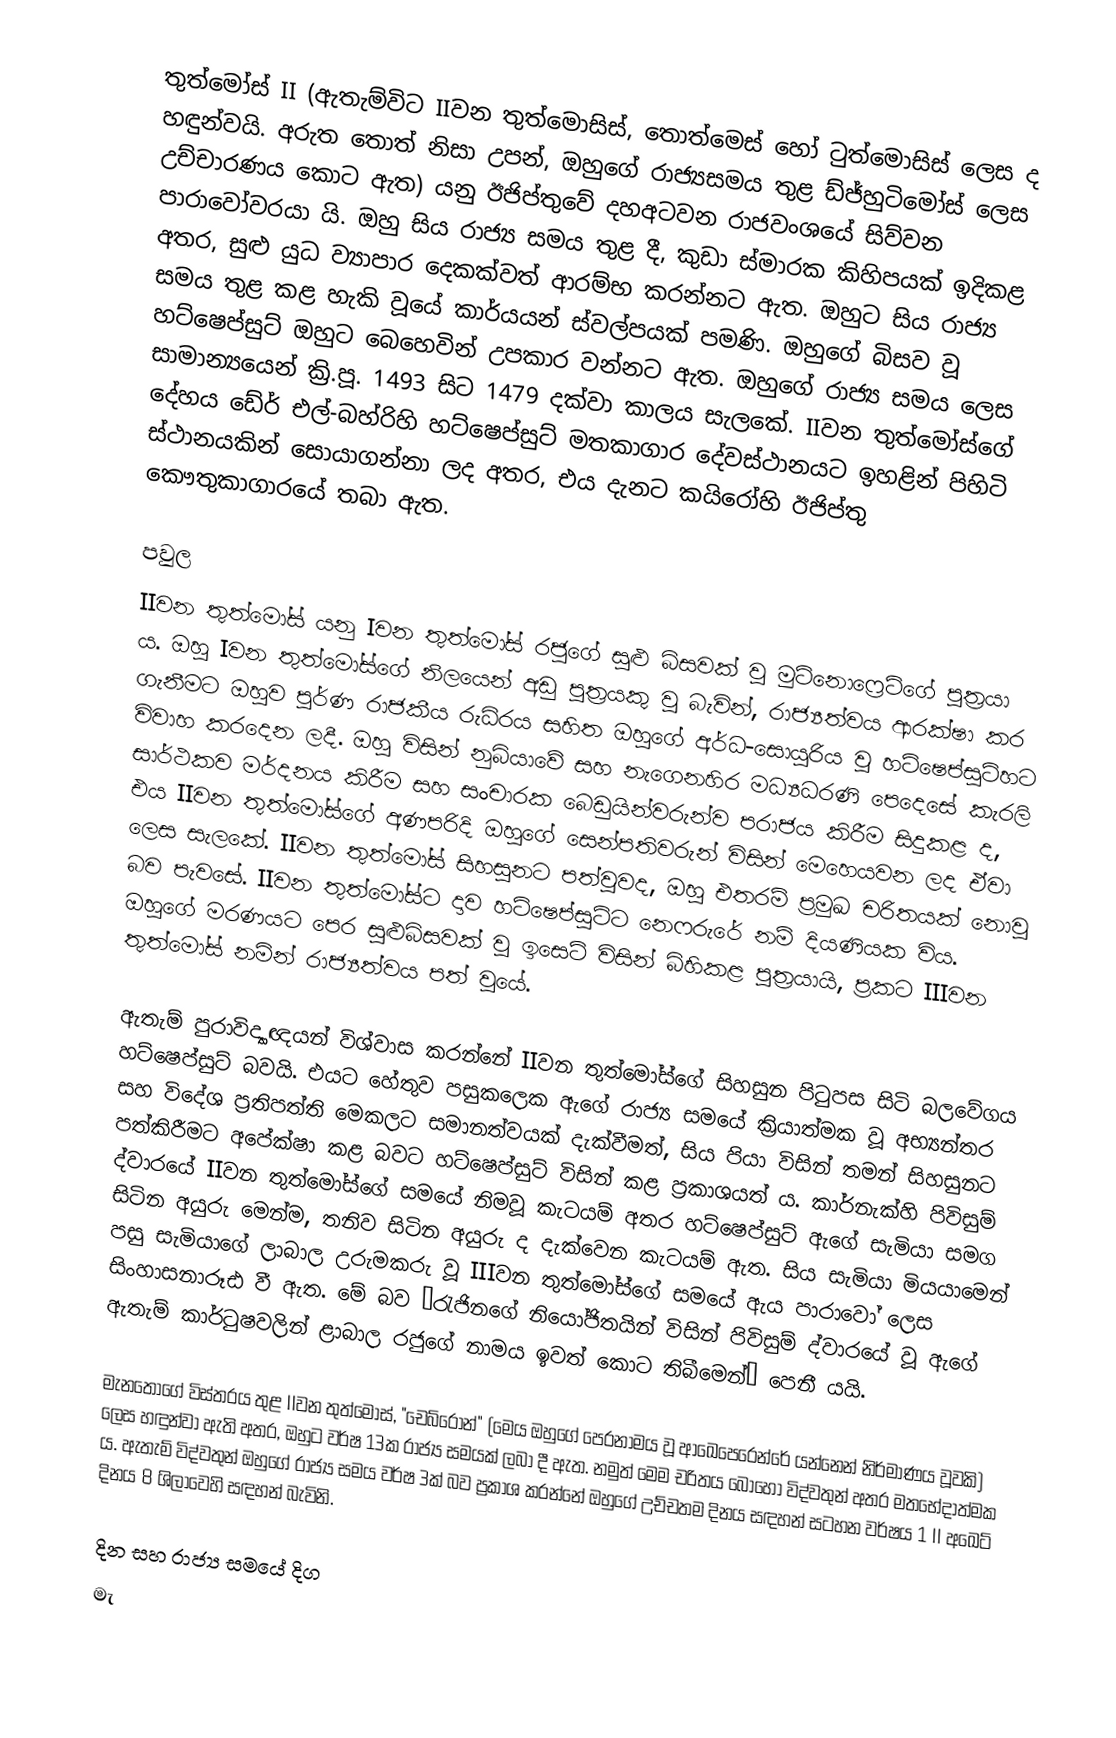
තුත්මෝස් II (ඇතැම්විට IIවන තුත්මොසිස්, තොත්මෙස් හෝ ටුත්මොසිස් ලෙස ද හඳුන්වයි. අරුත තොත් නිසා උපන්, ඔහුගේ රාජ්‍යසමය තුළ ඩ්ජ්හුටිමෝස් ලෙස උච්චාරණය කොට ඇත) යනු ඊජිප්තුවේ දහඅටවන රාජවංශයේ සිව්වන පාරාවෝවරයා යි. ඔහු සිය රාජ්‍ය සමය තුළ දී, කුඩා ස්මාරක කිහිපයක් ඉදිකළ අතර, සුළු යුධ ව්‍යාපාර දෙකක්වත් ආරම්භ කරන්නට ඇත. ඔහුට සිය රාජ්‍ය සමය තුළ කළ හැකි වූයේ කාර්යයන් ස්වල්පයක් පමණි. ඔහුගේ බිසව වූ හට්ෂෙප්සුට් ඔහුට බෙහෙවින් උපකාර වන්නට ඇත. ඔහුගේ රාජ්‍ය සමය ලෙස සාමාන්‍යයෙන් ක්‍රි.පූ. 1493 සිට 1479 දක්වා කාලය සැලකේ. IIවන තුත්මෝස්ගේ දේහය ඩේර් එල්-බහ්රිහි හට්ෂෙප්සුට් මතකාගාර දේවස්ථානයට ඉහළින් පිහිටි ස්ථානයකින් සොයාගන්නා ලද අතර, එය දැනට කයිරෝහි ඊජිප්තු කෞතුකාගාරයේ තබා ඇත.

පවුල
IIවන තුත්මෝස් යනු Iවන තුත්මෝස් රජුගේ සුළු බිසවක් වූ මුට්නොෆ්‍රෙට්ගේ පුත්‍රයා ය. ඔහු Iවන තුත්මෝස්ගේ නිලයෙන් අඩු පුත්‍රයකු වූ බැවින්, රාජ්‍යත්වය ආරක්ෂා කර ගැනීමට ඔහුව පූර්ණ රාජකීය රුධිරය සහිත ඔහුගේ අර්ධ-සොයුරිය වූ හට්ෂෙප්සුට්හට විවාහ කරදෙන ලදී. ඔහු විසින්  නුබියාවේ සහ නැගෙනහිර මධ්‍යධරණි පෙදෙසේ කැරලි සාර්ථකව මර්දනය කිරීම සහ සංචාරක බෙඩුයින්වරුන්ව පරාජය කිරීම සිදුකළ ද, එය IIවන තුත්මෝස්ගේ අණපරිදි ඔහුගේ සෙන්පතිවරුන් විසින් මෙහෙයවන ලද ඒවා ලෙස සැලකේ. IIවන තුත්මෝස් සිහසුනට පත්වුවද, ඔහු එතරම් ප්‍රමුඛ චරිතයක් නොවූ බව පැවසේ. IIවන තුත්මෝස්ට දාව හට්ෂෙප්සුට්ට නෙෆරුරේ නම් දියණියක විය. ඔහුගේ මරණයට පෙර සුළුබිසවක් වූ ඉසෙට් විසින් බිහිකළ පුත්‍රයායි, ප්‍රකට IIIවන තුත්මෝස් නමින් රාජ්‍යත්වය පත් වූයේ.

ඇතැම් පුරාවිද්‍යාඥයන් විශ්වාස කරන්නේ IIවන තුත්මෝස්ගේ සිහසුන පිටුපස සිටි බලවේගය හට්ෂෙප්සුට් බවයි. එයට හේතුව පසුකලෙක ඇගේ රාජ්‍ය සමයේ ක්‍රියාත්මක වූ අභ්‍යන්තර සහ විදේශ ප්‍රතිපත්ති මෙකලට සමානත්වයක් දැක්වීමත්, සිය පියා විසින් තමන් සිහසුනට පත්කිරීමට අපේක්ෂා කළ බවට හට්ෂෙප්සුට් විසින් කළ ප්‍රකාශයත් ය. කාර්නැක්හි පිවිසුම් ද්වාරයේ IIවන තුත්මෝස්ගේ සමයේ නිමවූ කැටයම් අතර හට්ෂෙප්සුට් ඇගේ සැමියා සමග සිටින අයුරු මෙන්ම, තනිව සිටින අයුරු ද දැක්වෙන කැටයම් ඇත. සිය සැමියා මියයාමෙන් පසු සැමියාගේ ලාබාල උරුමකරු වූ IIIවන තුත්මෝස්ගේ සමයේ ඇය පාරාවෝ ලෙස සිංහාසනාරූඪ වී ඇත. මේ බව “රැජිනගේ නියෝජිතයින් විසින් පිවිසුම් ද්වාරයේ වූ ඇගේ ඇතැම් කාර්ටුෂවලින් ළාබාල රජුගේ නාමය ඉවත් කොට තිබීමෙන්” පෙනී යයි.

මැනතෝගේ විස්තරය තුළ IIවන තුත්මෝස්, "චෙබ්රොන්" (මෙය ඔහුගේ පෙරනාමය වූ ආඛෙපෙරෙන්රේ යන්නෙන් නිර්මාණය වූවකි) ලෙස හඳුන්වා ඇති අතර, ඔහුට වර්ෂ 13ක රාජ්‍ය සමයක් ලබා දී ඇත. නමුත් මෙම චරිතය බොහෝ විද්වතුන් අතර මතභේදාත්මක ය. ඇතැම් විද්වතුන් ඔහුගේ රාජ්‍ය සමය වර්ෂ 3ක් බව ප්‍රකාශ කරන්නේ ඔහුගේ උච්චතම දිනය සඳහන් සටහන වර්ෂය 1 II අඛෙට් දිනය 8 ශිලාවෙහි සඳහන් බැවිනි.

දින සහ රාජ්‍ය සමයේ දිග
මැ